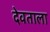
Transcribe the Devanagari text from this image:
देवताला